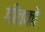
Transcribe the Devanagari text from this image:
गीतको